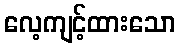
လေ့ကျင့်ထားသော